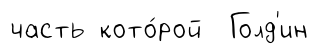
часть кото́рой Голд'ин